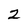
Character: 2